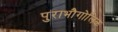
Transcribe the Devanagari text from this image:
पुराभौगोलिक